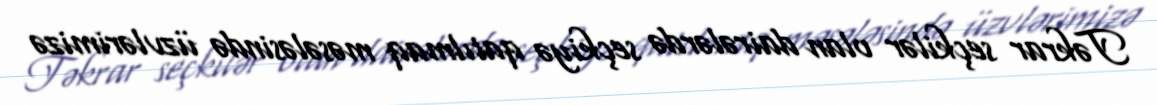
Təkrar seçkilər olan dairələrdə seçkiyə qatılmaq məsələsində üzvlərimizə